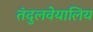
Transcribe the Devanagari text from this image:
तंदुलवेयालिय